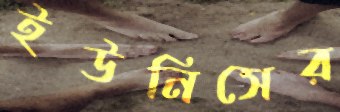
ইউনিসের